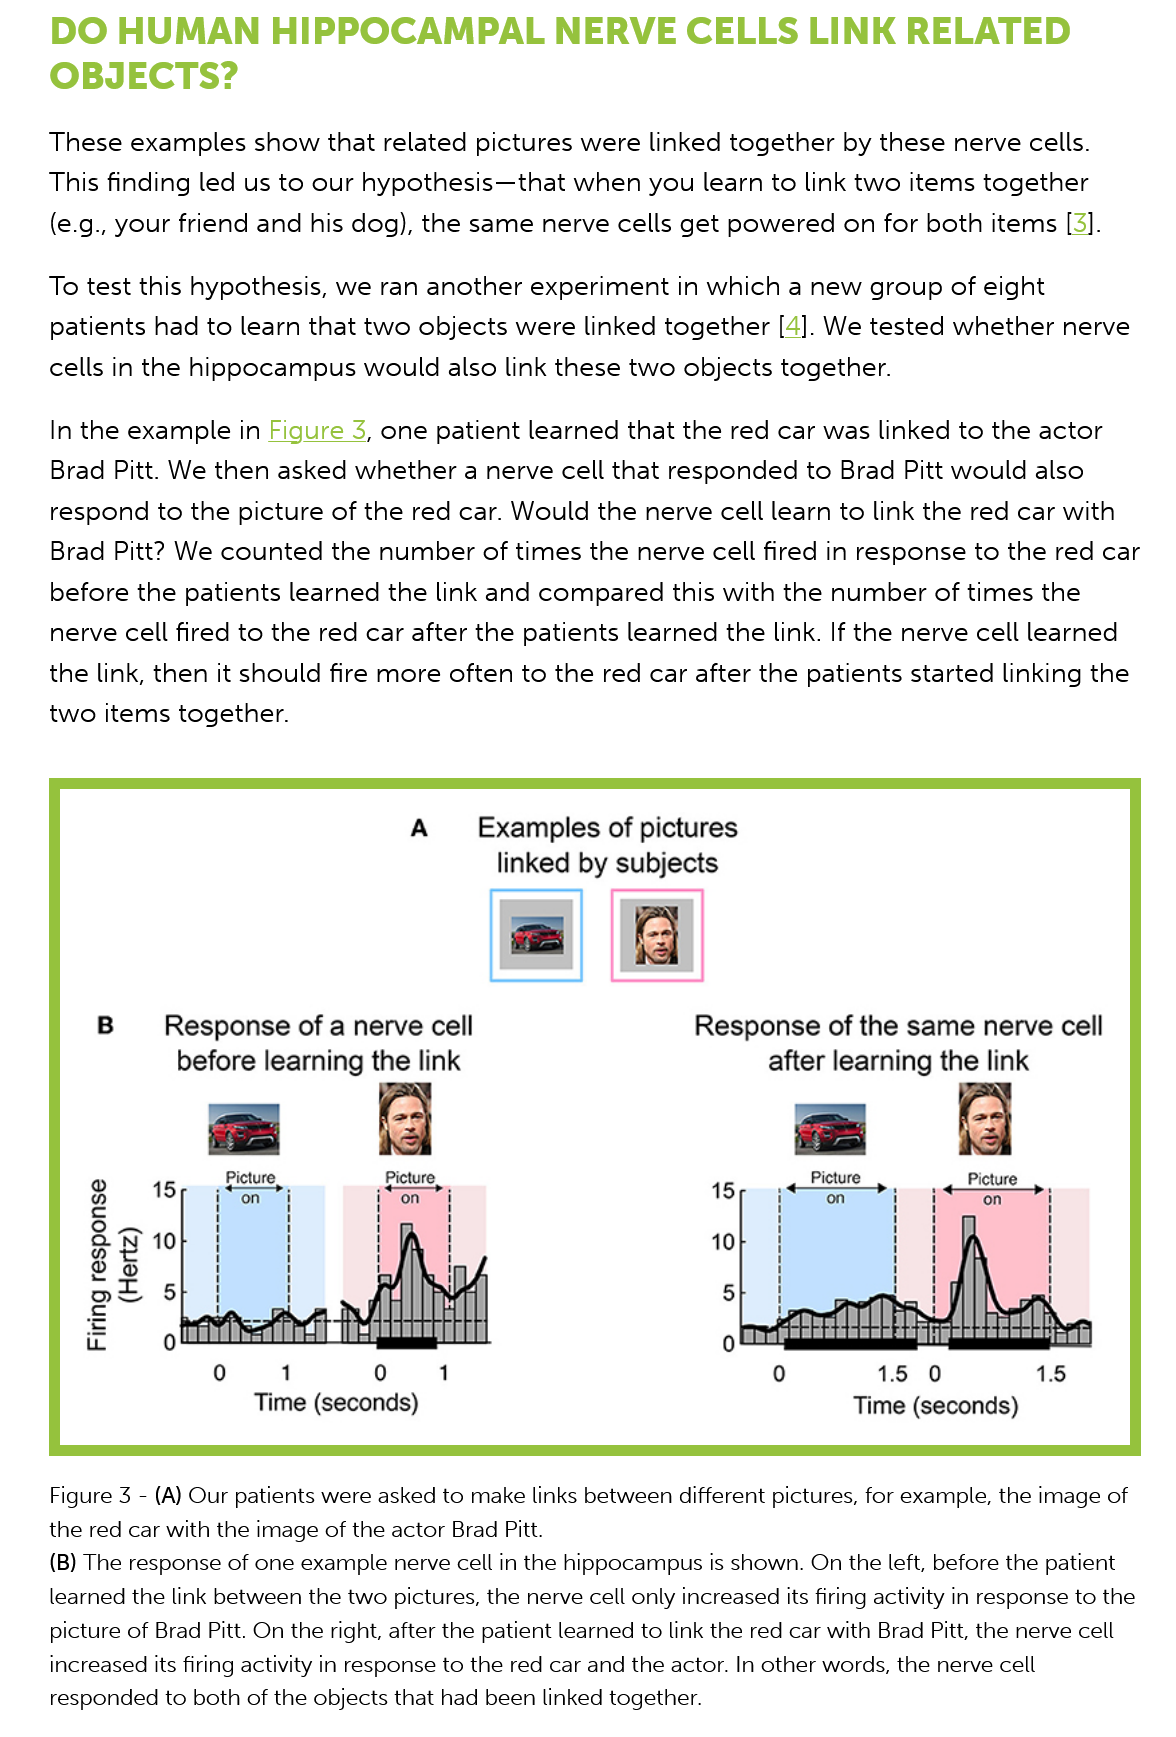
DO    HUMAN    HIPPOCAMPAL    NERVE    CELLS    LINK    RELATED
     OBJECTS?
     These  examples  show that   related pictures were linked together  by these nerve cells.
     This finding led us to our hypothesis—that   when you learn   to link two items together
     (e.g., your friend and his dog), the same nerve  cells get powered  on for both  items [3].
     To test this hypothesis, we ran another  experiment   in which a new  group  of eight
     patients had to learn that two objects  were  linked together [4]. We tested whether   nerve
     cells in the hippocampus   would also  link these two objects  together.
     In the example  in Figure
     3,
     one  patient learned that the red car was linked  to the actor
     Brad Pitt. We then asked  whether  a nerve  cell that responded  to Brad Pitt would also
     respond  to the picture of the red car. Would  the nerve cell learn to link the red car with
     Brad Pitt? We counted   the number  of  times the nerve cell fired in response to the red car
     before the patients learned  the link and compared   this with the number of   times the
     nerve cell fired to the red car after the patients learned the link. If the nerve cell learned
     the link, then it should fire more often to the red car after the patients started linking the
     two items  together.
     Figure 3
     -
     (A) Our patients were asked to make links between different pictures, for example, the image of
     the red car with the image of the actor Brad Pitt.
     (B) The response of one example nerve cell in the hippocampus is shown. On the left, before the patient
     learned the link between the two pictures, the nerve cell only increased its firing activity in response to the
     picture of Brad Pitt. On the right, after the patient learned to link the red car with Brad Pitt, the nerve cell
     increased its firing activity in response to the red car and the actor. In other words, the nerve cell
     responded to both of the objects that had been linked together.
     Examples of  pictures
     linked by subjects
     Response of   a nerve cell
     before learning the  link
     Picture.    Picture.
     (Zu98H) asuodse,
     Buul4
     Time  (seconds)    Time (seconds)
     15)
     Picture    Picture
     Response  of  the same   nerve cell
     after learning the link